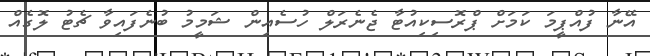
އޭނާ ފުއްޕީމަ ކަމަށް ޕްރޮސިކިއުޓާ ޖެނެރަލް ހުސެއިން ޝަމީމު ބުނެފައިވާ ޗެޓު ލޮގެއް